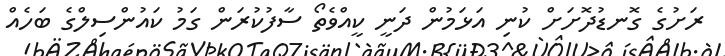
ރަށުގެ ގޮނޑުދޮށަށް ކުނި އަޅަމުން ދަނީ ކީއްވެތޯ ސާފުކުރަން ގަމު ކައުންސިލްގެ ބަހެއް